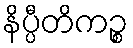
နိပ္ပီတိကဉ္စ